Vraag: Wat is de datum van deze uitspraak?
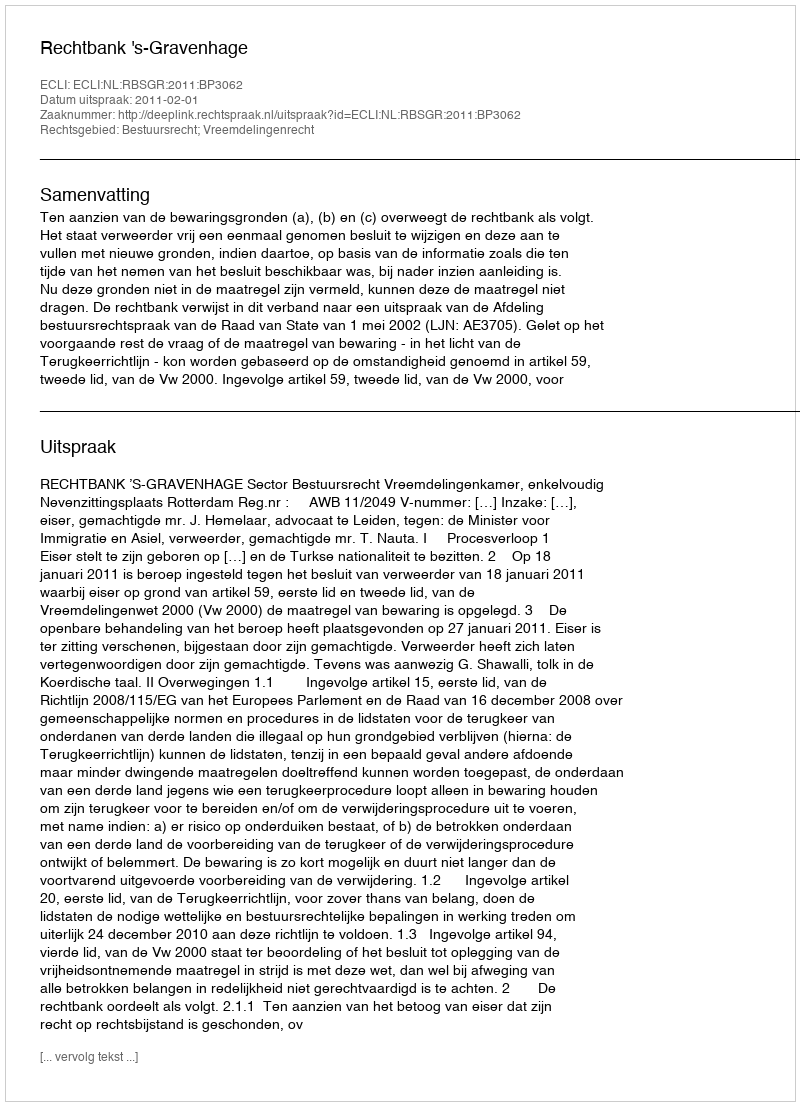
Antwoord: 2011-02-01